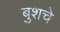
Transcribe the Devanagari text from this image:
बुशचे